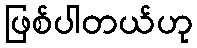
ဖြစ်ပါတယ်ဟု